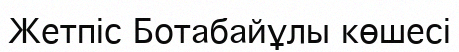
Жетпіс Ботабайұлы көшесі